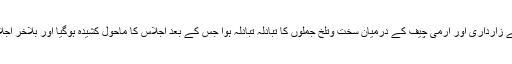
جس کی وجہ سے زارداری اور آرمی چیف کے درمیان سخت وتلخ جملوں کا تبادلہ تبادلہ ہوا جس کے بعد اجلاس کا ماحول کشیدہ ہوگیا اور بلآخر اجلاس ختم کرنا پڑا۔